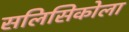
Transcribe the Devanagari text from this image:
सलिसिकोला